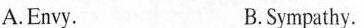
A.Envy. B.Sympathy.